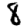
Digit: 8